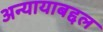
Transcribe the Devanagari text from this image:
अन्यायाबद्दल